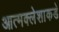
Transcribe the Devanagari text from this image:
आत्मक्लेशाकडे